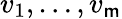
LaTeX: v_{1},\ldots,v_{\mathsf{m}}